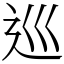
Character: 巡